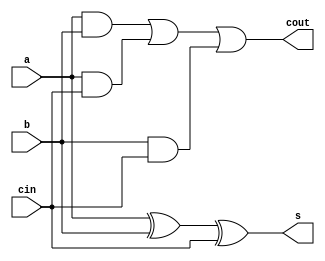
module adder(input a , input b , input cin , output s , output cout);
          assign s=a^b^cin;
          assign cout=(a&b)| (a&cin)|(b&cin);
endmodule


module test;
 reg a , b , cin;
 wire s , cout;
  adder FA( a , b ,cin , s , cout);
  initial
    begin
      $dumpfile("dump.vcd");
      $dumpvars(0,test);
      a=1;
      b=1;
      cin =0;#5
      a=1;
      b=1;
      cin =1;#5
      a=0;
      b=1;
      cin=0;#5
      #10 $finish;
    end
endmodule